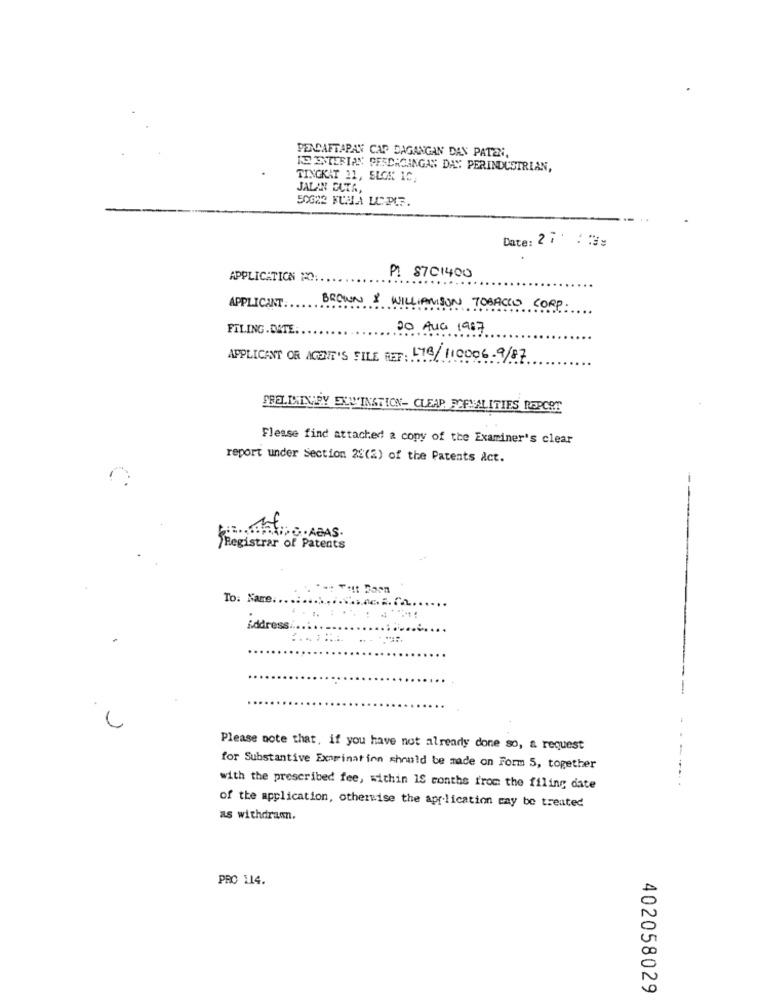
PENDAFTAPAN CAP DAGANGAN DAN PATEN,
IT ENTERIAN PERDAGINGAN DAY PERINDUSTRIAN,
TINGKAT 21, SLOK IC,
JALAN DUTA,
50G22 KUBLA LUAPCF.
Date: 27 :3:
APPLICATION MO :.
P1 8701400
.......
APPLICANT.
BROWN & WILLIAMSON TOBACCO CORP
FILING.DATE.
20 AUG 1987
APPLICANT OR AGENT'S FILE REF: 178/110006-9/87
PRELIMINARY EXW'INATION- CLEAR FORMALITIES REPORT
Flesse find attached a copy of the Examiner's clear
report under Section 23(2) of the Patents Act.
HUMAINS . ABAS.
Registrar of Patents
To: Nare:
Address.
Please note that, if you have not already done so, a request
for Substantive Examination should be made on Form 5, together
with the prescribed fee, within IS conthe from the filing date
of the application, otherwise the application cay be treated
as withdrawn.
PRO 114.
402058029